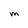
Character: m